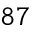
^ { 8 7 }